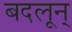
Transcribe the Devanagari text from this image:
बदलून्